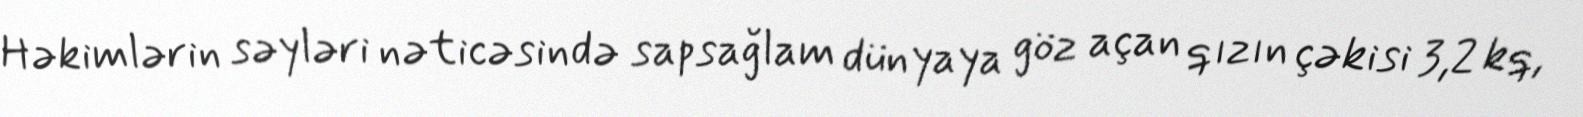
Həkimlərin səyləri nəticəsində sapsağlam dünyaya göz açan qızın çəkisi 3,2 kq,